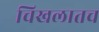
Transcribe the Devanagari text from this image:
चिखलातच